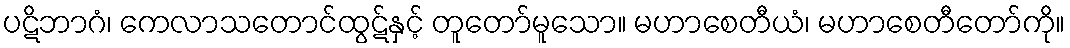
ပဋိဘာဂံ၊ ကေလာသတောင်ထွဋ်နှင့် တူတော်မူသော။ မဟာစေတီယံ၊ မဟာစေတီတော်ကို။